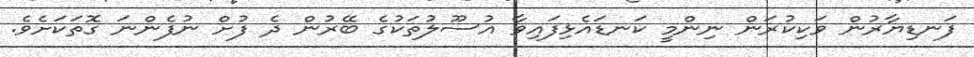
ފަނޑިޔާރުން ވަކިކުރަން ނިންމީ ކަނޑައެޅިފައިވާ އުސޫލުތަކުގެ ބޭރުން ދެ ފުށް ނުފެންނަ ގޮތަކަށެވެ.